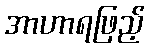
အာဟာရဖြည့်